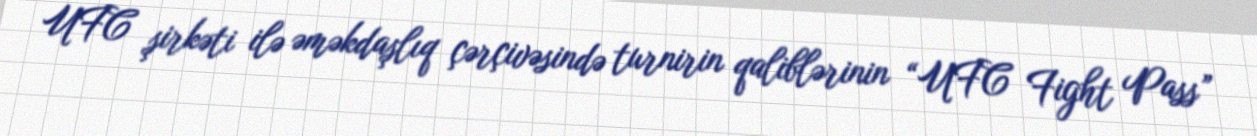
UFC şirkəti ilə əməkdaşlıq çərçivəsində turnirin qaliblərinin “UFC Fight Pass”